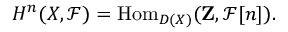
H ^ { n } ( X , { \mathcal { F } } ) = \operatorname { H o m } _ { D ( X ) } ( \mathbf { Z } , { \mathcal { F } } [ n ] ) .